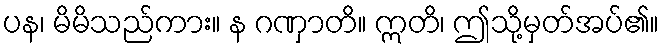
ပန၊ မိမိသည်ကား။ န ဂဏှာတိ။ ဣတိ၊ ဤသို့မှတ်အပ်၏။